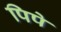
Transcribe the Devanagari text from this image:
पिपे